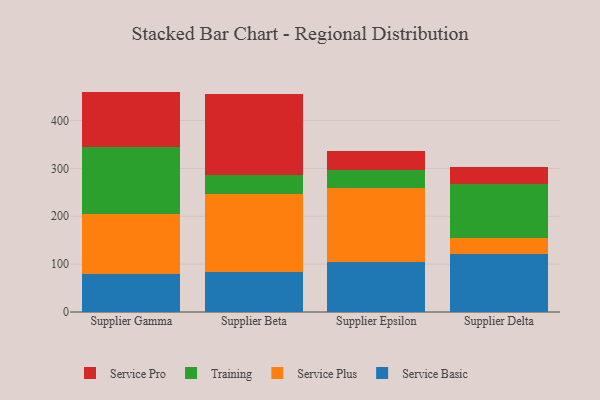
{"axis": {"x": "Supplier", "y": "Customer Acquisition Cost (USD)"}, "legend": ["Service Basic", "Service Plus", "Service Pro", "Training"], "data": [{"x": "Supplier Gamma", "y": 79.2, "type": "Service Basic"}, {"x": "Supplier Gamma", "y": 125.1, "type": "Service Plus"}, {"x": "Supplier Gamma", "y": 140.1, "type": "Training"}, {"x": "Supplier Gamma", "y": 116.1, "type": "Service Pro"}, {"x": "Supplier Beta", "y": 83.5, "type": "Service Basic"}, {"x": "Supplier Beta", "y": 162.5, "type": "Service Plus"}, {"x": "Supplier Beta", "y": 40.5, "type": "Training"}, {"x": "Supplier Beta", "y": 168.2, "type": "Service Pro"}, {"x": "Supplier Epsilon", "y": 104.2, "type": "Service Basic"}, {"x": "Supplier Epsilon", "y": 155.4, "type": "Service Plus"}, {"x": "Supplier Epsilon", "y": 37.0, "type": "Training"}, {"x": "Supplier Epsilon", "y": 40.5, "type": "Service Pro"}, {"x": "Supplier Delta", "y": 120.9, "type": "Service Basic"}, {"x": "Supplier Delta", "y": 34.6, "type": "Service Plus"}, {"x": "Supplier Delta", "y": 111.7, "type": "Training"}, {"x": "Supplier Delta", "y": 35.9, "type": "Service Pro"}]}